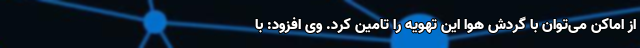
از اماکن می‌توان با گردش هوا این تهویه را تامین کرد. وی افزود: با